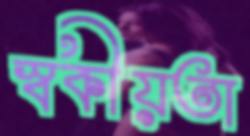
স্বকীয়তা